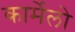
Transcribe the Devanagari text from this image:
कार्मेलो